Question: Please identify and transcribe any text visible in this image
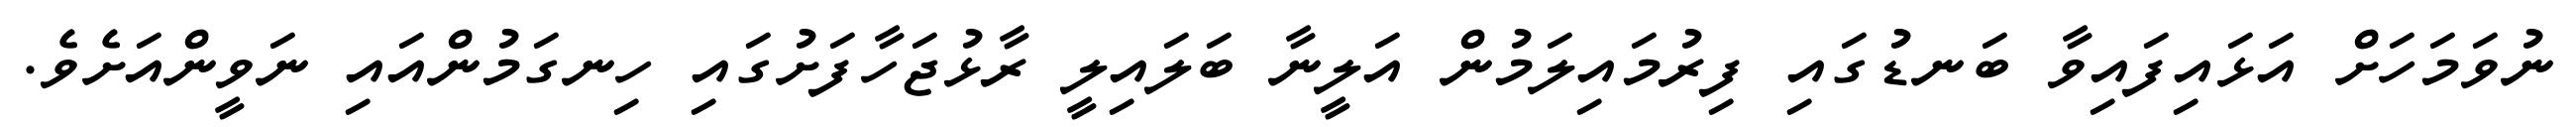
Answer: ނުވަމަހަށް އަޅައިފައިވާ ބަނޑުގައި ފިރުމައިލަމުން އަލީނާ ބަލައިލީ ރާޅުޖަހާފަށުގައި ހިނގަމުންއައި ނަވީންއަށެވެ.